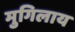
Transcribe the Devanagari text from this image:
मुगिलाय